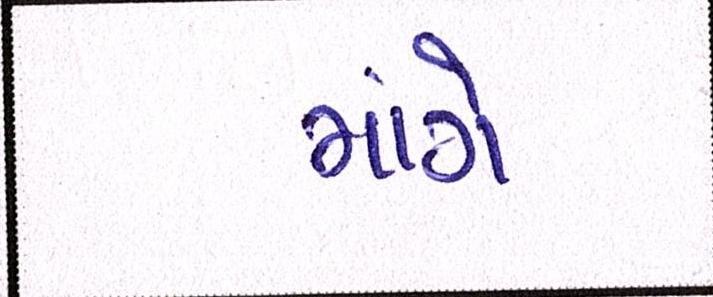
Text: માંગે